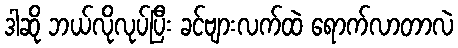
ဒါဆို ဘယ်လိုလုပ်ပြီး ခင်ဗျားလက်ထဲ ရောက်လာတာလဲ